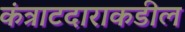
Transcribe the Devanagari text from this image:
कंत्राटदाराकडील